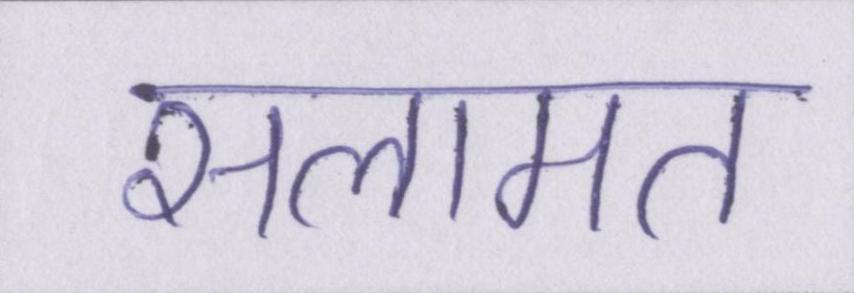
सलामत